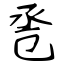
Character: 卺